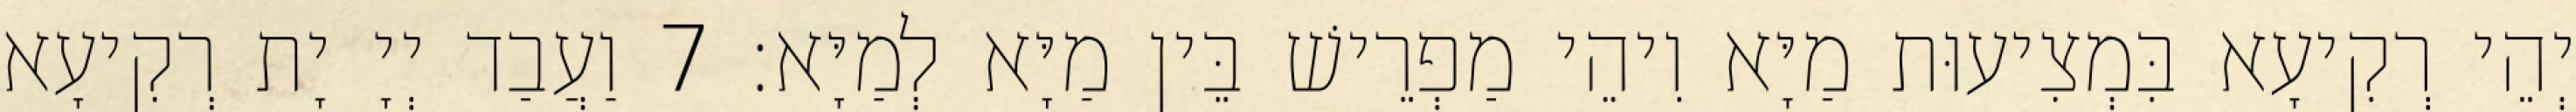
יְהֵי רְקִיעָא בִּמְצִיעוּת מַיָּא וִיהֵי מַפְרֵישׁ בֵּין מַיָּא לְמַיָּא׃ 7 וַעֲבַד יְיָ יָת רְקִיעָא